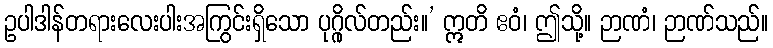
ဥပါဒါန်တရားလေးပါးအကြွင်းရှိသော ပုဂ္ဂိုလ်တည်း။’ ဣတိ ဧဝံ၊ ဤသို့။ ဉာဏံ၊ ဉာဏ်သည်။